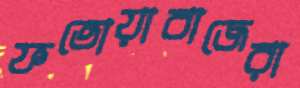
ফতোয়াবাজেরা